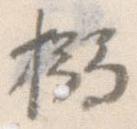
搦